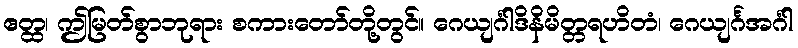
ဧတ္ထ၊ ဤမြတ်စွာဘုရား စကားတော်တို့တွင်။ ဂေယျင်္ဂါဒိနိမိတ္တရဟိတံ၊ ဂေယျင်္ဂအင်္ဂါ